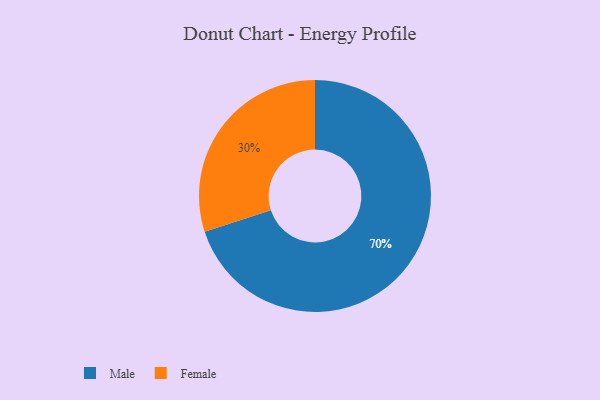
{"axis": {"x": "Category", "y": "Percentage"}, "legend": ["Female", "Male"], "data": [{"x": "Female", "y": 30, "type": "Female"}, {"x": "Male", "y": 70, "type": "Male"}]}